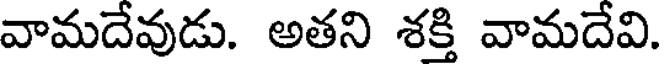
వామదేవుడు. అతని శక్తి వామదేవి.